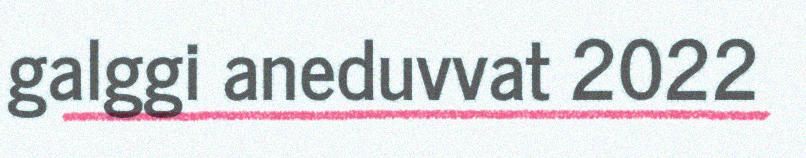
galggi aneduvvat 2022